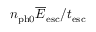
n _ { \mathrm { p h 0 } } \overline { E } _ { \mathrm { e s c } } / t _ { \mathrm { e s c } }